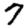
Digit: 7